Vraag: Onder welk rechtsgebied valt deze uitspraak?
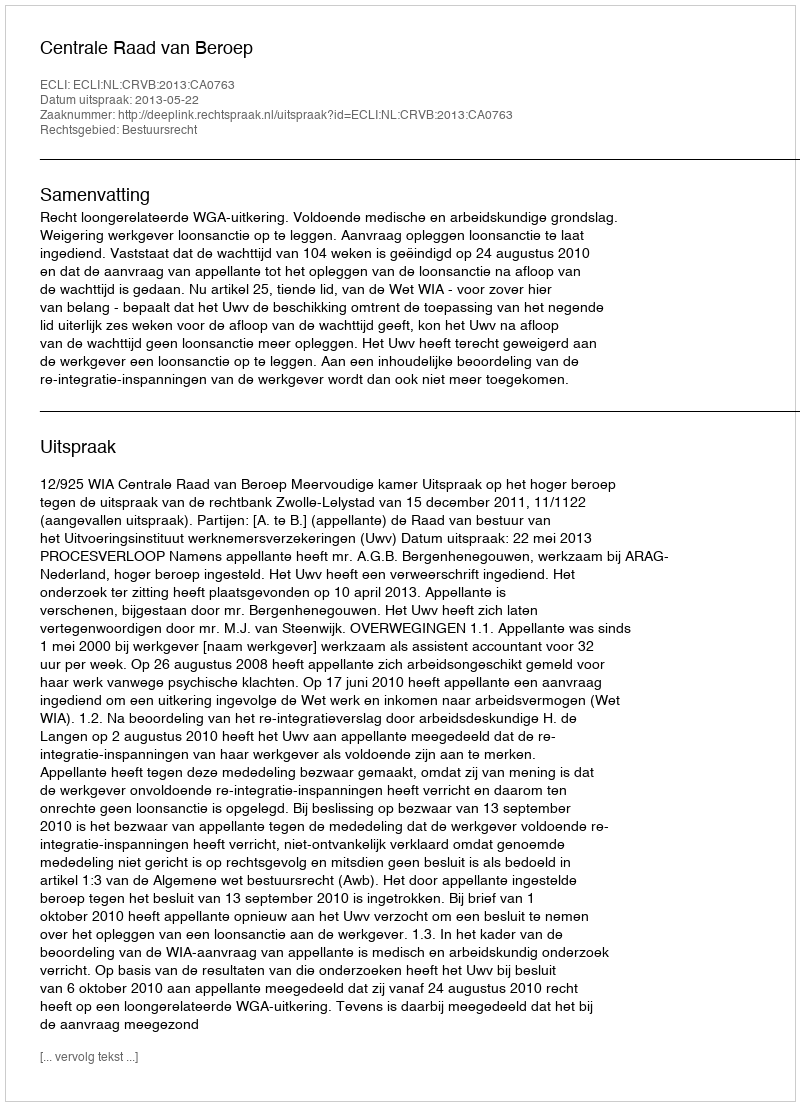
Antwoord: Bestuursrecht